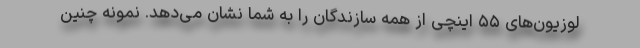
لوزیون‌های ۵۵ اینچی از همه سازندگان را به شما نشان می‌دهد. نمونه چنین